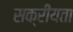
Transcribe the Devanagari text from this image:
सक्रीयता